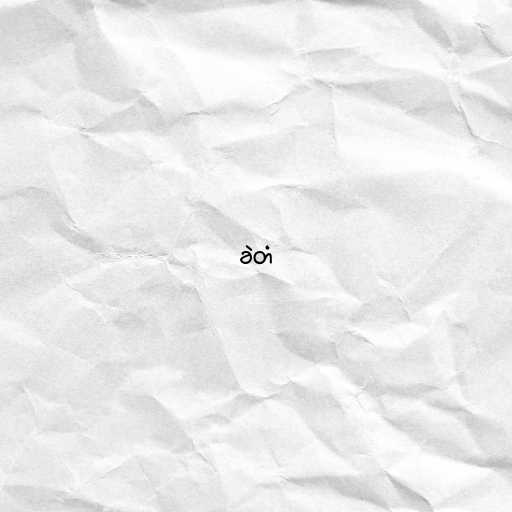
ခဲတံ